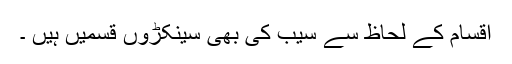
اقسام کے لحاظ سے سیب کی بھی سینکڑوں قسمیں ہیں ۔